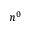
n ^ { 0 }